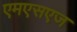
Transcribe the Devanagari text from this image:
एमएसएज